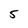
Character: 5